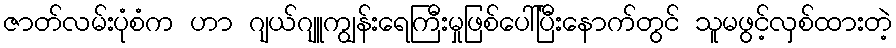
ဇာတ်လမ်းပုံစံက ဟာ ဂျယ်ဂျူကျွန်းရေကြီးမှုဖြစ်ပေါ်ပြီးနောက်တွင် သူမဖွင့်လှစ်ထားတဲ့